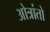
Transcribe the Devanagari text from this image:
ओत्रांतो